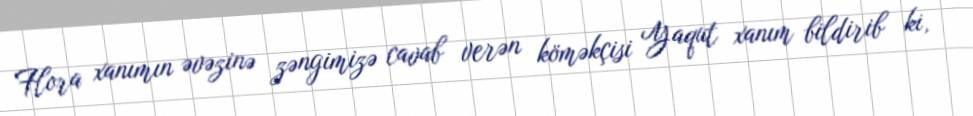
Flora xanımın əvəzinə zəngimizə cavab verən köməkçisi Yaqut xanım bildirib ki,